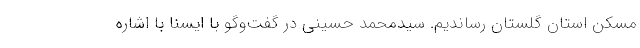
مسکن استان گلستان رساندیم. سیدمحمد حسینی در گفت‌وگو با ایسنا با اشاره